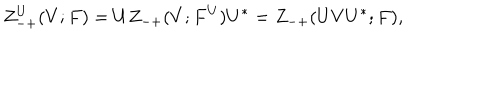
Z _ { - + } ^ { U } ( V ; F ) = U Z _ { - + } ( V ; F ^ { U } ) U ^ { * } = Z _ { - + } ( U V U ^ { * } ; F ) ,